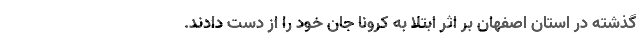
گذشته در استان اصفهان بر اثر ابتلا به کرونا جان خود را از دست دادند.